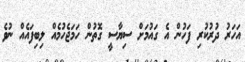
އަހަރު ދުރުކުރި ފަހުން އެ ގައުމަށް ސިޔާސީ ގޮތުން ހަމަޖެހުމެއް ލިބިފައެއް ނުވެ